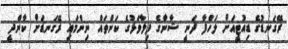
ރޭގަނޑުގެ ޑިއުޓީއަށް ލަހްފާ ދަނީ ޝާނާގެ ފިލާވަޅުގެ ކަންތައް ނިންމައި ރޭގަނޑަށް ކާންދީ